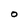
Character: O